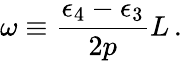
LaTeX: \omega\equiv\frac{\epsilon_{4}-\epsilon_{3}}{2p}L\, .